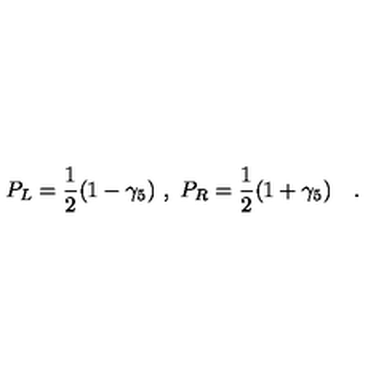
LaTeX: P _ { L } = \frac { 1 } { 2 } ( 1 - \gamma _ { 5 } ) \ , \ P _ { R } = \frac { 1 } { 2 } ( 1 + \gamma _ { 5 } ) \quad .